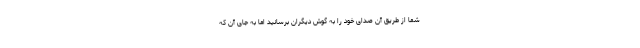
شما از طریق آن صدای خود را به گوش دیگران برسانید اما به جای آن که